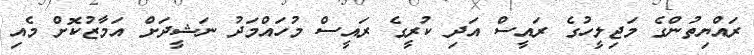
ރައްޔިތުންގެ މަޖިލީހުގެ ރައީސް އަދި ކުރީގެ ރައީސް މުހައްމަދު ނަޝީދަށް އަމާޒުކޮށް މެއި